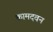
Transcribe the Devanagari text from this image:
कामदवन